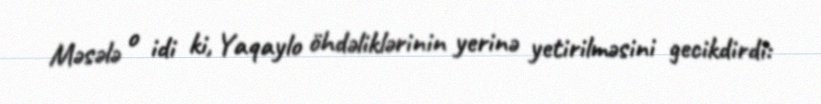
Məsələ o idi ki, Yaqaylo öhdəliklərinin yerinə yetirilməsini gecikdirdi: